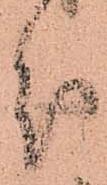
分